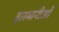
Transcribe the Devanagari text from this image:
इतमानीओं